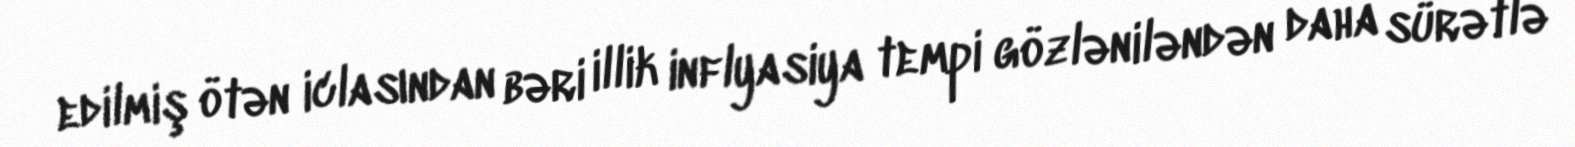
edilmiş ötən iclasından bəri illik inflyasiya tempi gözləniləndən daha sürətlə